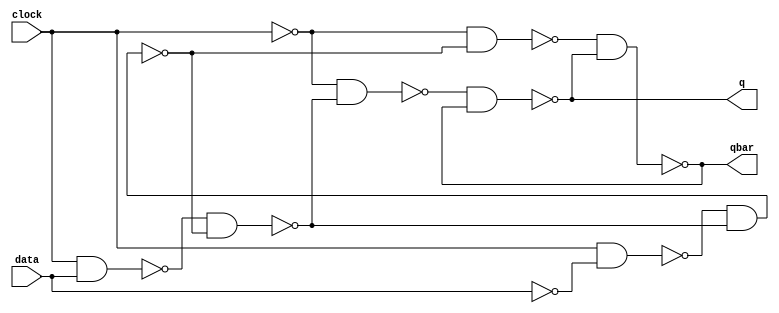
module DFF (q,qbar,clock,data);
	output q, qbar;
	input clock, data;
	
	wire databar, clockbar;
	wire master_nand1, master_nand2;
	wire nand1, nand2;
	wire master_q, master_qbar;
	
	
	not #1	(databar, data);
	not #1		(clockbar, clock);
	//Master
	nand #1 m1(master_nand1,clock, data);
	nand #1 m2(master_nand2,clock, databar);
	nand #1 m3(master_qbar,master_nand2,master_q);
	nand #1 m4(master_q,master_nand1,master_qbar);
	//Slave
	nand #1 s1(nand1,clockbar, master_q);
	nand #1 s2(nand2,clockbar, master_qbar);
	nand #1 s3(qbar,nand2,q);
	nand #1 s4(q,nand1,qbar);
	
endmodule